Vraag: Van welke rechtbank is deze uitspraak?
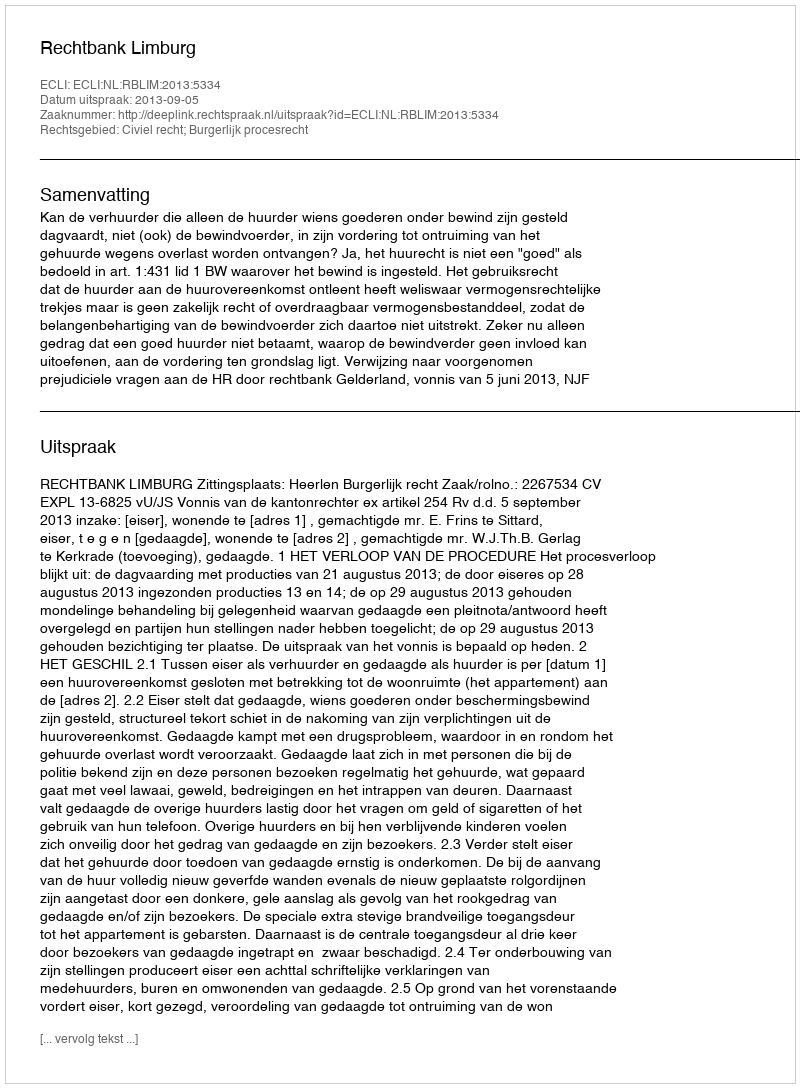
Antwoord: Rechtbank Limburg